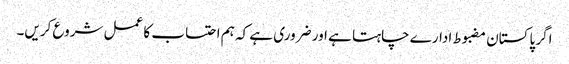
اگر پاکستان مضبوط ادارے چاہتا ہے اور ضروری ہے کہ ہم احتساب کا عمل شروع کریں۔